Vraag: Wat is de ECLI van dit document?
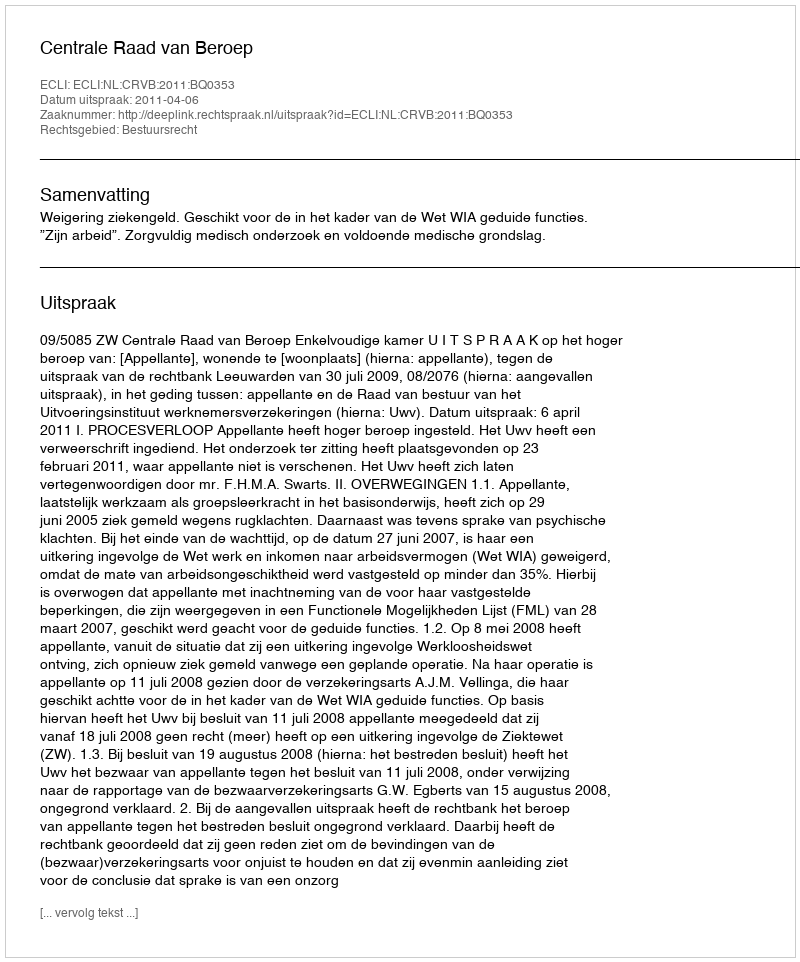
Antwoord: ECLI:NL:CRVB:2011:BQ0353